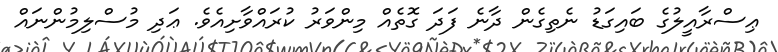
ޢިސްރާއީލުގެ ބައިގަޑު ނެތިގެން ދާނެ ފަދަ ގޮތެއް މިންވަރު ކުރައްވާށިއެވެ. ޢަދި މުސްލިމުންނައް